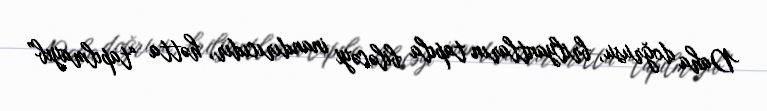
Daha doğrusu, brilyantların tapıla biləcəyi inandırıcıdır, hətta “tapılmayıb”